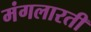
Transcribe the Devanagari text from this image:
मंगलारती